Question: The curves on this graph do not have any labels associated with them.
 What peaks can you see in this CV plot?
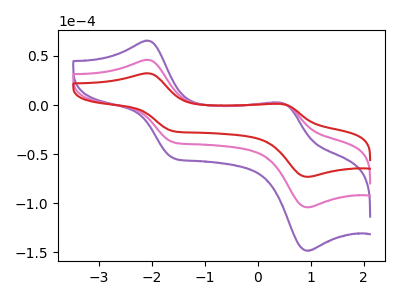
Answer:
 <answer>The purple curve "purple" has anodic peaks at (-2.10V, 92.05uA) (0.45V, 3.45uA) and cathodic peaks at (-1.60V, -75.60uA) (0.95V, -208.35uA). The pink curve "pink" has anodic peaks at (-2.10V, 46.00uA) (0.45V, 1.70uA) and cathodic peaks at (-1.60V, -37.80uA) (0.95V, -104.15uA). The red curve "red" has anodic peaks at (-2.10V, 32.30uA) (0.45V, 1.20uA) and cathodic peaks at (-1.60V, -26.55uA) (0.95V, -73.15uA).</answer>
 <eval></eval>